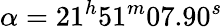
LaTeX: \alpha=21^{h}51^{m}07.90^{s}